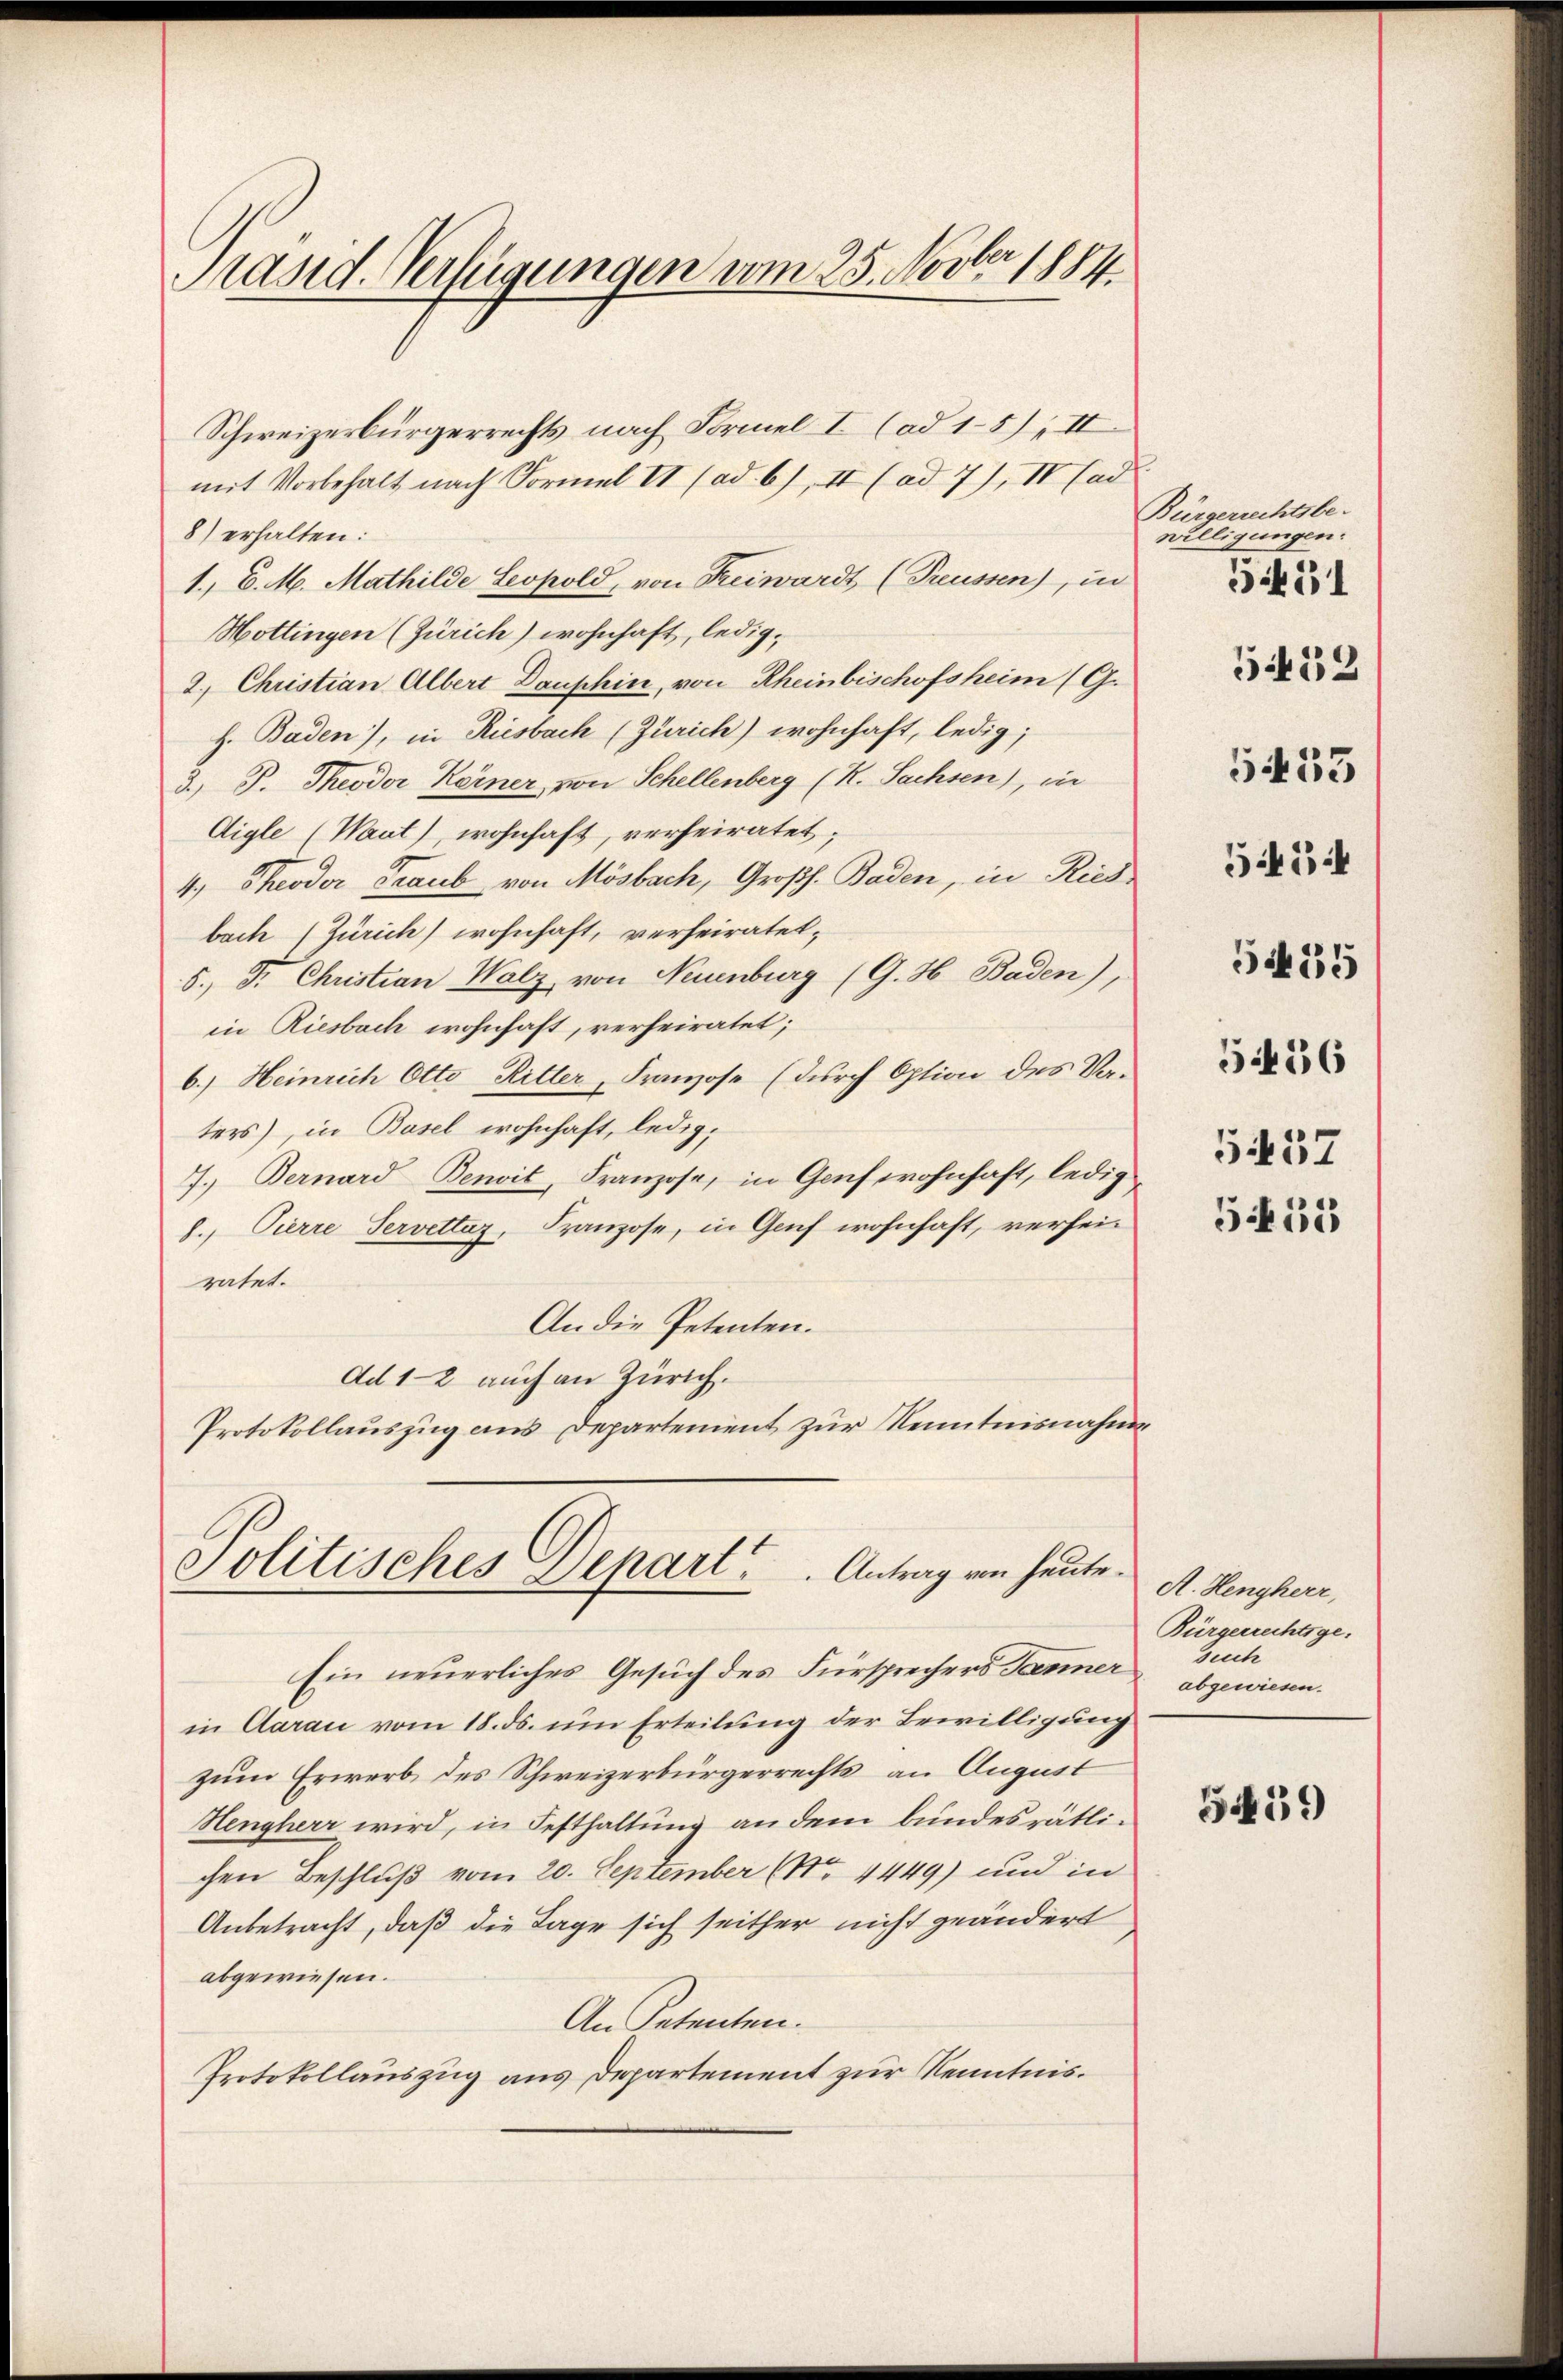
and. Verfügungen vom 25. Novber 1884.

Schweizerbürgerrechts nach Formel I (ad 15), II
mit Vorbehalt nach Formel II (ad 6), II (ad 7), IV Cad
8) erhalten:
1. C. M. Mathilde Leopold, von Freiwardt (Preussen), in
Hottingen (Zürich) wohnhaft, ledig¬
2. Christian Albert Dauphin, von Rheinbischofsheim (G.
h. Baden), in Riesbach (Zürich) wohnhaft, ledig;
3.) P. Theodor Kerner, von Schellenberg (K. Sachsen), in
Aigle (Waut), wohnhaft, verheiratet,
4. Theodor Graub von Mösbach, Großh. Baden, in Ries
bach (Zürich) wohnhaft, verheiratet,
5. Fr. Christian Walz von Neuenburg (G. H. Baden),
in Riesbach wohnhaft, verheiratet;
6.) Heinrich Otto Ritter, Franzose (durch Option des Ver-
ters), in Basel wohnhaft, ledig¬
7.) Bernard Benoit, Franzose, in Genf wohnhaft, ledig
8., Pierre Servetta, Franzose, in Genf wohnhaft, verseiratet.
An die Petenten.
Ad 1-2 auch an Zürich.
Protokollauszug aus Departement zur Kenntnisnahm

Politisches Depart ..  ..  Antrag von heute.

Ein neuerliches Gesuch des Fürsprechers Janner
in Aarau vom 18. ds. um Erteilung der Bewilligung
zum Erwerb des Schweizerbürgerrechts an August
Hengherr wird, in Festhaltung an dem bundesrätlichen Beschluß vom 20. September (No 4449) und in
Anbetracht, daß die Tage sich seither nicht geändert
abgewiesen.
An Petenten.
Protokollauszug aus Departement zur Kenntnis¬

Bürgerrechtsbe-
willigungen:
545:
5435
5436
5457

551

5452

5433

511

A. Hengherr,
Bürgerrechtsge-
Such
abgewiesen.

5459